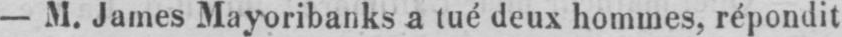
- M. James Mayoribanks a tué deux hommes, répondit